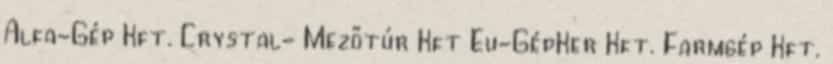
Alfa-Gép Kft. Crystal- Mezőtúr Kft Eu-GépKer Kft. Farmgép Kft.